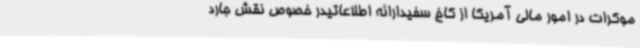
موکرات در امور مالی آمریکا از کاخ سفیدارائه اطلاعاتیدر خصوص نقش جارد